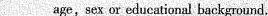
___age,sex or educational background.